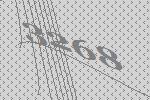
3268